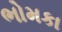
ભોમકા